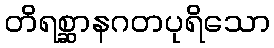
တိရစ္ဆာနဂတပုရိသော